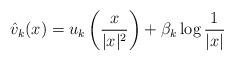
LaTeX: \begin{align*}\hat{v}_k (x) = u_k \left( \frac{x}{|x|^2} \right) + \beta_k \log \frac{1}{|x|}\end{align*}